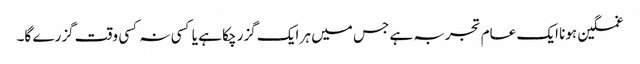
غمگین ہونا ایک عام تجربہ ہے جس میں ہر ایک گزر چکا ہے یا کسی نہ کسی وقت گزرے گا۔